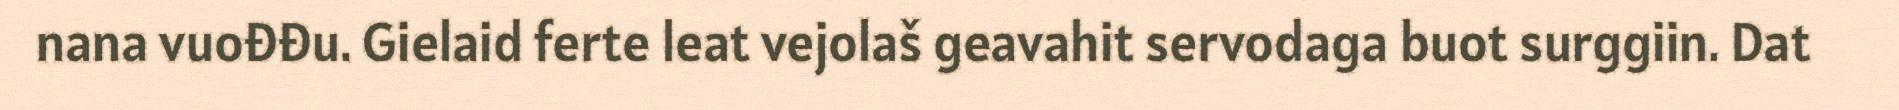
nana vuođđu. Gielaid ferte leat vejolaš geavahit servodaga buot surggiin. Dat